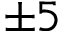
\pm 5